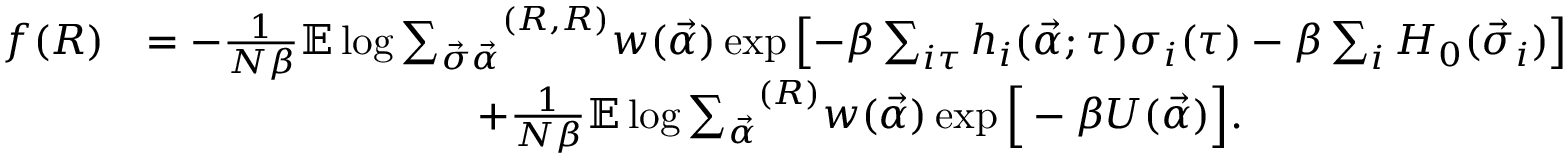
\begin{array} { r l } { f ( R ) } & { = - \frac { 1 } { N \beta } \mathbb { E } \log { { \sum _ { \vec { \sigma } \vec { \alpha } } } ^ { ( R , R ) } w ( \vec { \alpha } ) \exp { \left[ - \beta \sum _ { i \tau } h _ { i } ( \vec { \alpha } ; \tau ) \sigma _ { i } ( \tau ) - \beta \sum _ { i } H _ { 0 } ( \vec { \sigma } _ { i } ) \right] } } } \\ & { \qquad \qquad \qquad \qquad + \frac { 1 } { N \beta } \mathbb { E } \log { { \sum _ { \vec { \alpha } } } ^ { ( R ) } w ( \vec { \alpha } ) \exp { \Big [ - \beta U ( \vec { \alpha } ) \Big ] } } . } \end{array}